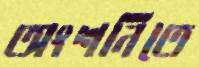
অংশনিতে